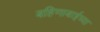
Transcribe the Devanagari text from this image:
बहिणाबाईच्‍या